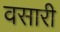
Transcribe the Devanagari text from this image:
वसारी